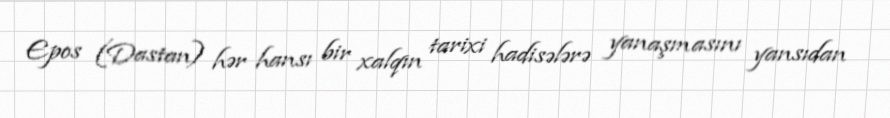
Epos (Dastan) hər hansı bir xalqın tarixi hadisələrə yanaşmasını yansıdan